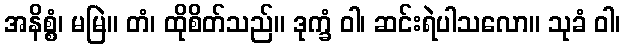
အနိစ္စံ၊ မမြဲ။ တံ၊ ထိုစိတ်သည်။ ဒုက္ခံ ဝါ၊ ဆင်းရဲပါသလော။ သုခံ ဝါ၊